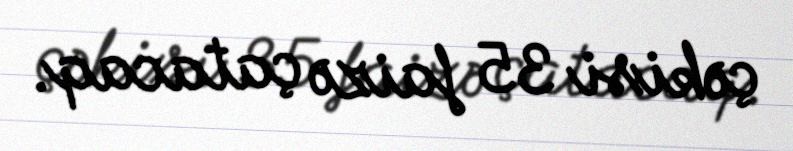
çəkisi 35 faizə çatacaq.